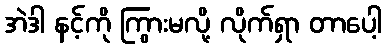
အဲဒါ နင့်ကို ကြွားမလို့ လိုက်ရှာ တာပေါ့